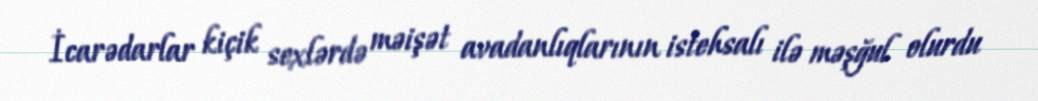
İcarədarlar kiçik sexlərdə məişət avadanlıqlarının istehsalı ilə məşğul olurdu